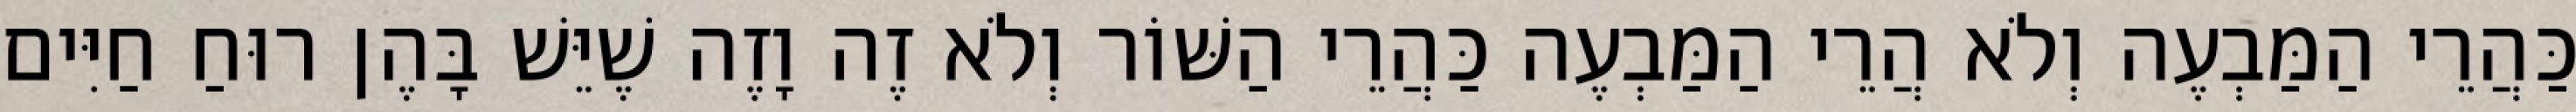
כַּהֲרֵי הַמַּבְעֶה וְלֹא הֲרֵי הַמַּבְעֶה כַּהֲרֵי הַשּׁוֹר וְלֹא זֶה וָזֶה שֶׁיֵּשׁ בָּהֶן רוּחַ חַיִּים